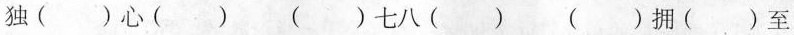
独( )心( ) ( )七八( ) ( )拥( )至